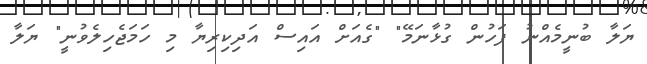
ޔަލާ ބުނީމެއްނު ފަހުން ގުޅާނަމޭ" "ގެއަށް އައިސް އަދިކިރިޔާ މި ހަމަޖެހިލެވުނީ" ޔަލާ